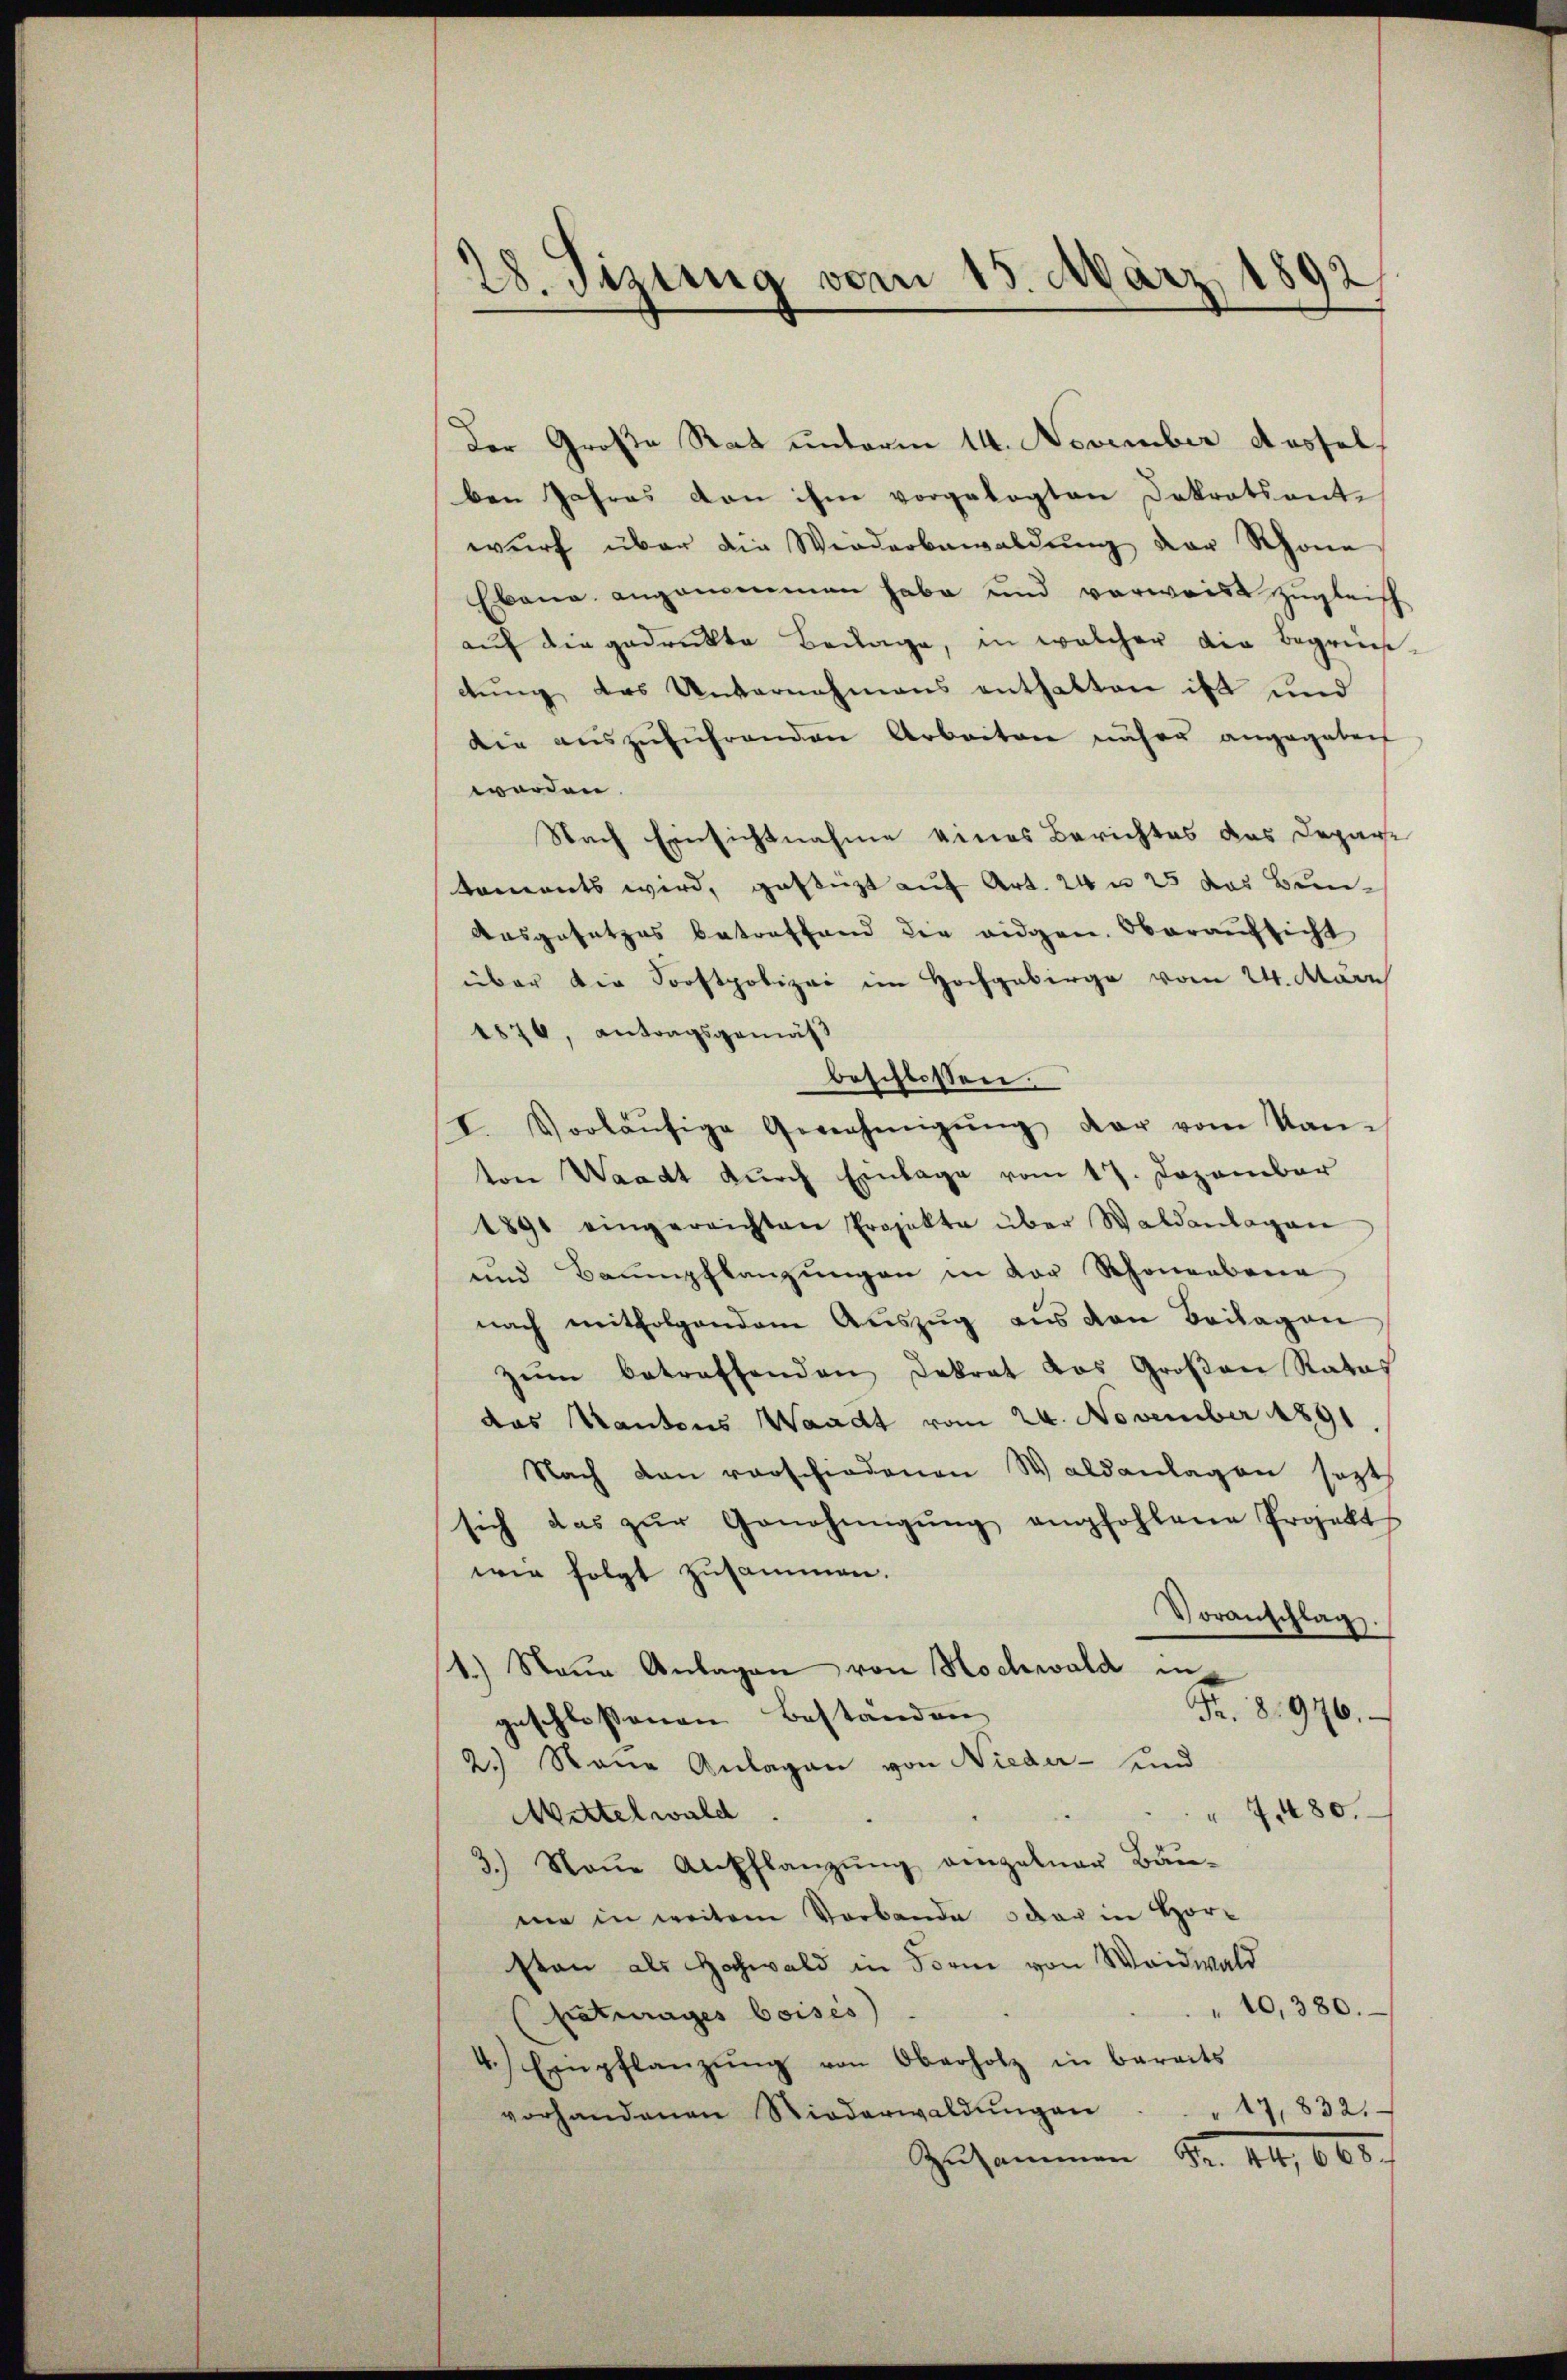
28. Sizung vom 15. März 1892

Der Große Rat unterm 14. November Aussel
ben Jahres von ihm vorgelegten Dekretsentwurf über die Wiederbewaldung der Schöne
Erbana angenommen habe und verweist zugleich
aŭf die gedrukte Beilage, in welcher die Begrün-
dtung des Unternahmens enthalten ist und
die aŭszŭführenden Arbeiten näher angegeben
worden
Nach Einsichtnahme eines Berichtes das Departaments wird, gestüzt auf Art. 24 n 25 das Bun¬
Ausgesetzes betreffend die eidgen. Oberaŭfsicht
über die Sorstpolizei im Hochgebirge vom 24. März
1876, antragsgemäß
beschlossen.
I. Vorläŭfige Genehmigŭng der vom Kanton Waadt durch Einlage vom 17. Dezember
1891 eingereichten Projekte über Waldanlagen
und Baumpflanzungen in vor Schönenbena
nach mitfolgendem Aŭszŭg aŭs den Beilagen
zŭm betreffenden Dekret das Großen Ratas
das Kantons Waadt vom 24. November 1891
Nach dan verschiedenen Waldanlagen sezt
sich das zŭr Genehmigŭng empfohlene Projekt
wie folgt zusammen.
Voranschlag.
1.) Naue Anlagen von Hochwald in
Fr. 8. 976.
geschlossenen Bestanden
2.) Neue Anlagen von Nieder- und
480.
Mittelwald
3.) Neue Aufflanzŭng einzelner Baŭ-
me in weitere Verbande oder in Hor-
ston als Hochwald in Form von Waidwald
" 10,380.
Eraturages boises)
4.) Einpflanzŭng von Oberholz in beraits
vorhandenen Riederwaldŭngen . . . 17,832.
Zusammen Fr. 41, 600